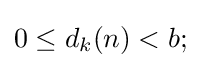
0\leq d_{k}(n)<b;